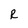
Character: R